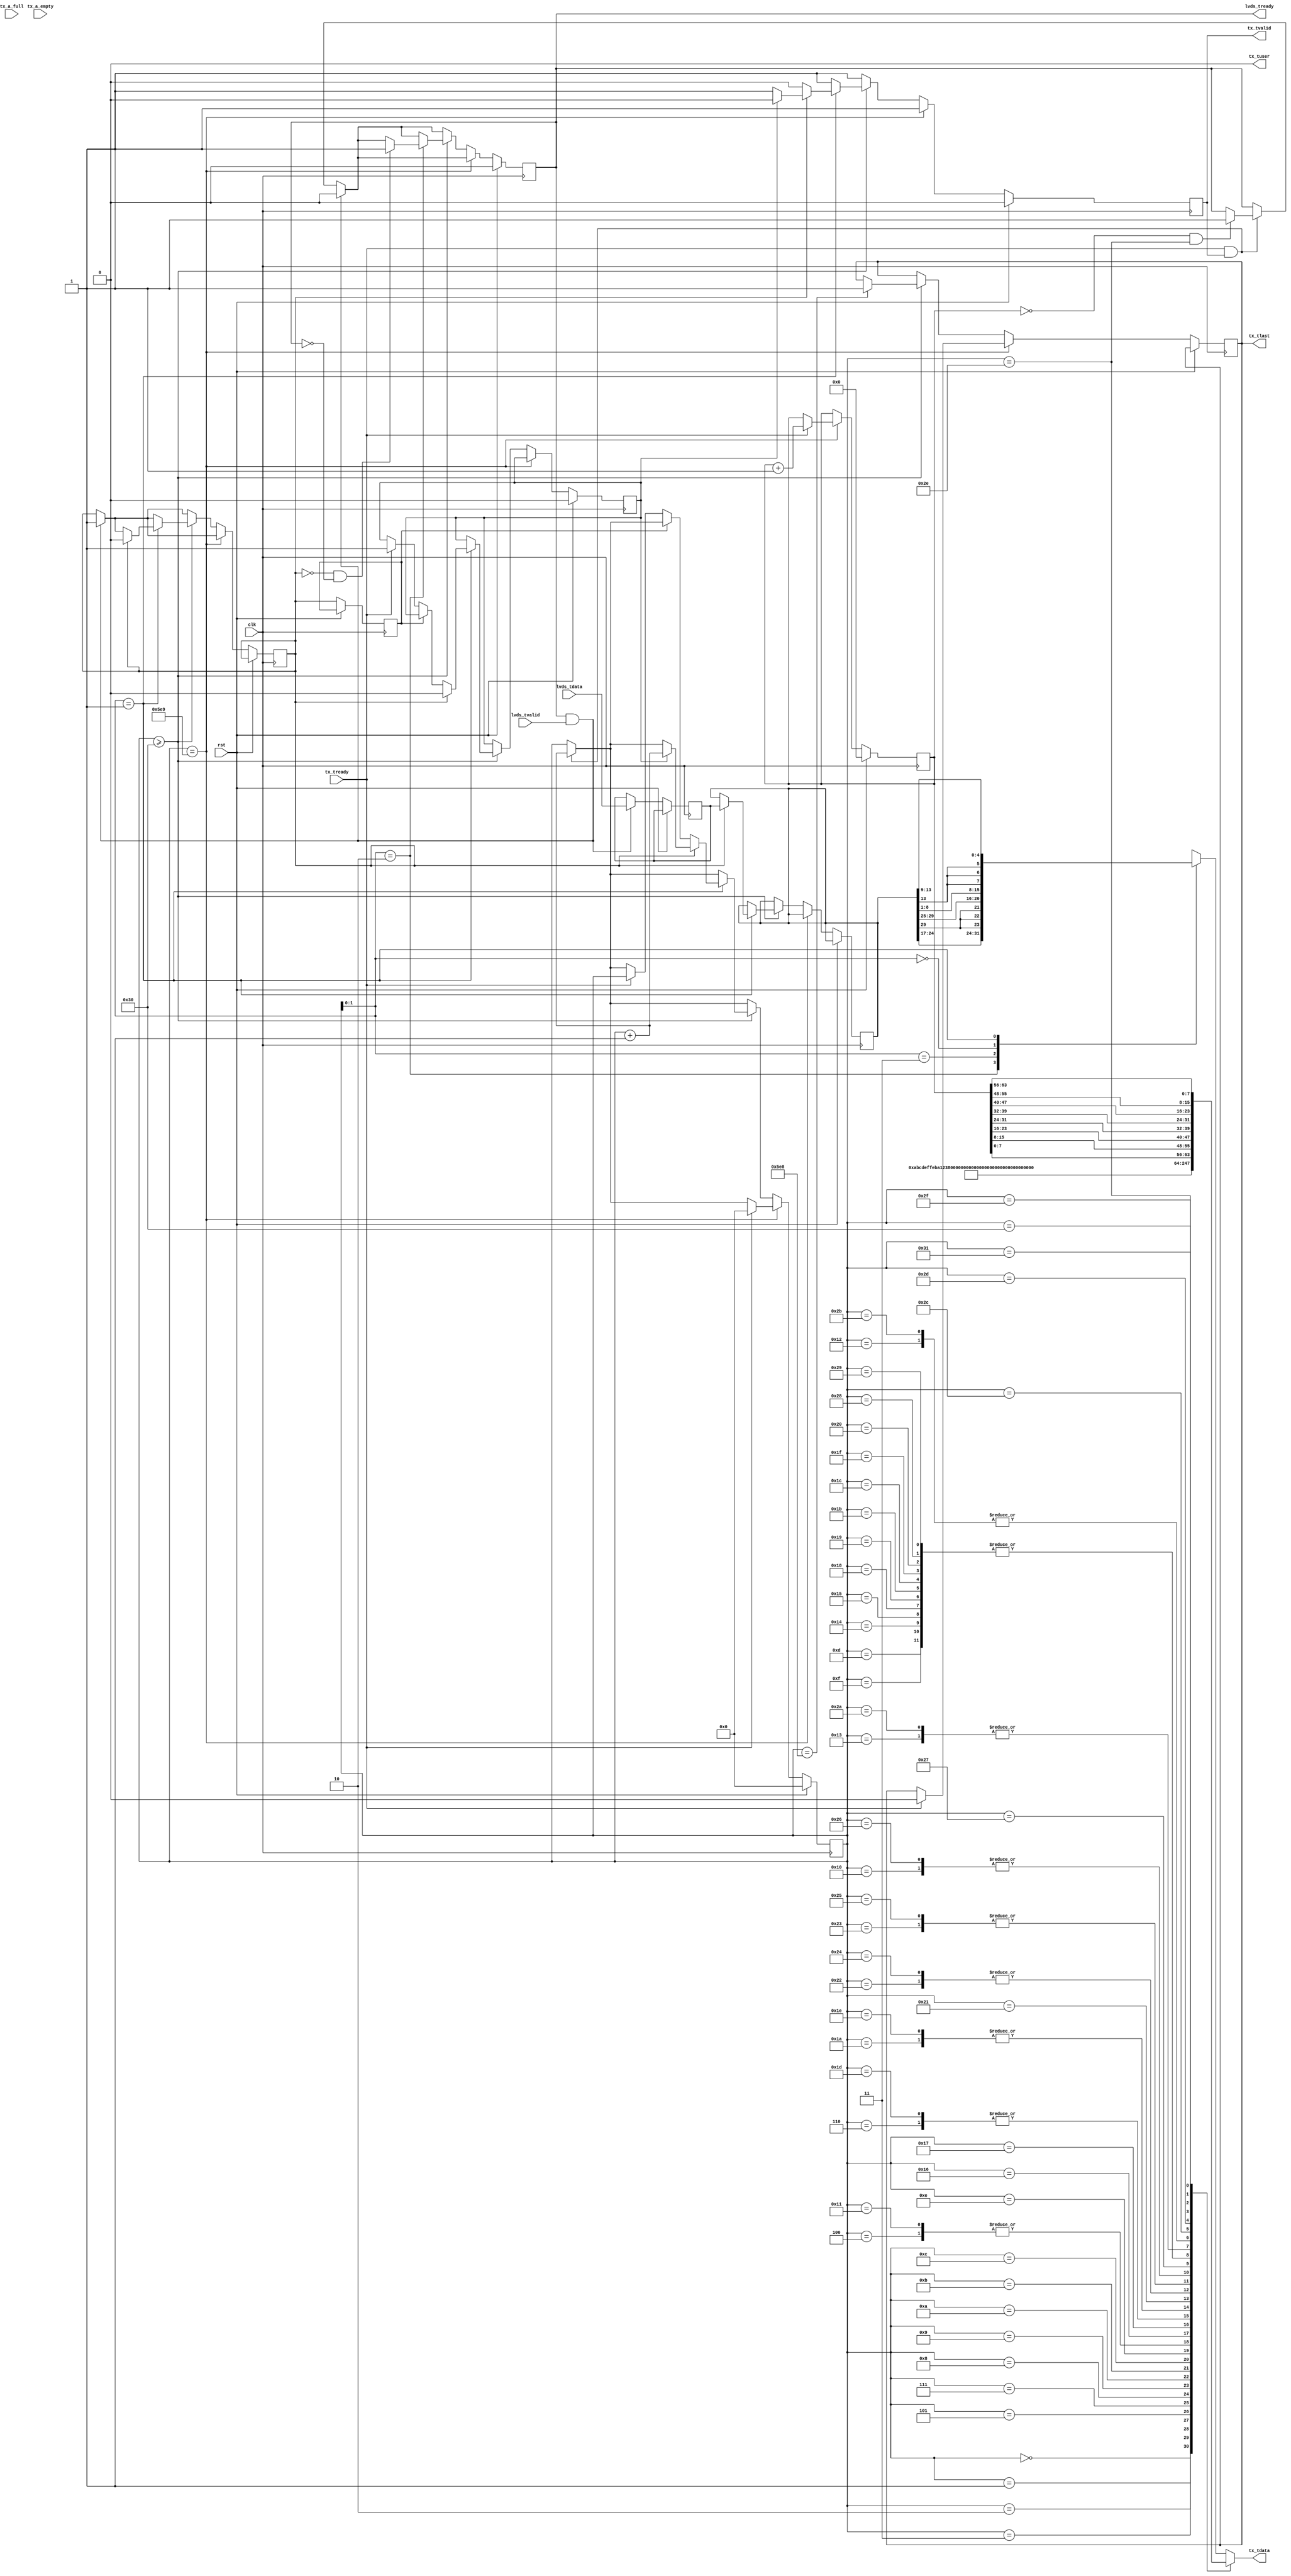
`timescale 1ns / 1ns

module Packetizer (
    // Clock and reset, must be same as Deserializer
    input clk,
    input rst,

    // Input from Deserializer
    input[31:0] lvds_tdata,
    output reg lvds_tready = 0,
    input lvds_tvalid,

    // Output to MAC
    output reg[7:0] tx_tdata = 0,
    output reg tx_tlast = 0,
    output reg tx_tuser = 0,
    input tx_tready,
    output reg tx_tvalid = 0,

    // Misc MAC signals
    input tx_a_full,
    input tx_a_empty
);

    parameter SOURCE_MAC = {8'h02, 8'h12, 8'h34, 8'h56, 8'h78, 8'h90};
    parameter DEST_MAC = {8'hab, 8'hcd, 8'hef, 8'hfe, 8'hdc, 8'hba}; // Change this

    parameter SOURCE_IP = {8'd10, 8'd0, 8'd0, 8'd2};
    parameter DEST_IP = {8'd10, 8'd0, 8'd0, 8'd1}; // Change this

    parameter SOURCE_PORT = 16'd32179;
    parameter DEST_PORT = 16'd32179;

    localparam NUM_SAMPLES = 366; // Number of IQ samples
    localparam IQ_LEN = NUM_SAMPLES * 4; // Length of IQ data in bytes
    localparam DATA_LEN = IQ_LEN + 8; // Length of UDP payload in bytes
    localparam UDP_LEN = DATA_LEN + 8; // Length of UDP packet in bytes
    localparam IP_LEN = UDP_LEN + 20; // Length of IP packet in bytes
    localparam PACKET_LEN = IP_LEN + 14; // Length of entire packet in bytes

    // IQ Data

    reg[31:0] iq_buffer = 0, iq_buffer_p1 = 0;
    wire[15:0] next_I = {{3{iq_buffer[29]}}, iq_buffer[29:17]};
    wire[15:0] next_Q = {{3{iq_buffer[13]}}, iq_buffer[13:1]};
    // reg IQready = 0;
    // reg first_run = 0;
    reg new_sample = 0, new_sample_last = 0;
    reg waited = 0;

    // Ethernet

    reg[15:0] tx_word = 0;
    reg[63:0] packet_counter = 0;

    // reg[7:0] wait_counter = 0;

    // TODO: Checksums
    reg[15:0] ip_checksum = 0;
    reg[15:0] udp_checksum = 0;

    always @(*) begin
        /* verilator lint_off CASEINCOMPLETE */
        case (tx_word)
            16'h0000: tx_tdata = DEST_MAC[47:40];
            16'h0001: tx_tdata = DEST_MAC[39:32];
            16'h0002: tx_tdata = DEST_MAC[31:24];       // Destination MAC
            16'h0003: tx_tdata = DEST_MAC[23:16];
            16'h0004: tx_tdata = DEST_MAC[15:8];
            16'h0005: tx_tdata = DEST_MAC[7:0];
            16'h0006: tx_tdata = SOURCE_MAC[47:40];     // Source MAC
            16'h0007: tx_tdata = SOURCE_MAC[39:32];
            16'h0008: tx_tdata = SOURCE_MAC[31:24];
            16'h0009: tx_tdata = SOURCE_MAC[23:16];
            16'h000a: tx_tdata = SOURCE_MAC[15:8];
            16'h000b: tx_tdata = SOURCE_MAC[7:0];
            16'h000c: tx_tdata = 8'h08;                 // Ethertype
            16'h000d: tx_tdata = 8'h00;
            16'h000e: tx_tdata = 8'h45;                 // IPv4
            16'h000f: tx_tdata = 8'h00;                 // DSCP/ECN 
            // 16'h0010: tx_tdata = 8'h05;                 // IP length
            // 16'h0011: tx_tdata = 8'hdc;
            16'h0010: tx_tdata = IP_LEN[15:8];          // IP length
            16'h0011: tx_tdata = IP_LEN[7:0];
            16'h0012: tx_tdata = packet_counter[15:8];  // Packet ID
            16'h0013: tx_tdata = packet_counter[7:0];
            16'h0014: tx_tdata = 8'h00;                 // Fragment offset
            16'h0015: tx_tdata = 8'h00;
            16'h0016: tx_tdata = 8'h40;                 // TTL
            16'h0017: tx_tdata = 8'h11;                 // Protocol: UDP
            16'h0018: tx_tdata = ip_checksum[15:8];     // IP checksum
            16'h0019: tx_tdata = ip_checksum[7:0];
            16'h001a: tx_tdata = SOURCE_IP[31:24];      // Source IP
            16'h001b: tx_tdata = SOURCE_IP[23:16];
            16'h001c: tx_tdata = SOURCE_IP[15:8];
            16'h001d: tx_tdata = SOURCE_IP[7:0];
            16'h001e: tx_tdata = DEST_IP[31:24];        // Destination IP
            16'h001f: tx_tdata = DEST_IP[23:16];
            16'h0020: tx_tdata = DEST_IP[15:8];
            16'h0021: tx_tdata = DEST_IP[7:0];
            16'h0022: tx_tdata = SOURCE_PORT[15:8];     // Source port
            16'h0023: tx_tdata = SOURCE_PORT[7:0];
            16'h0024: tx_tdata = DEST_PORT[15:8];       // DEstination port
            16'h0025: tx_tdata = DEST_PORT[7:0];
            // 16'h0026: tx_tdata = 8'h05;                 // UDP length
            // 16'h0027: tx_tdata = 8'hc8;
            16'h0026: tx_tdata = UDP_LEN[15:8];         // UDP length
            16'h0027: tx_tdata = UDP_LEN[7:0];
            16'h0028: tx_tdata = udp_checksum[15:8];    // UDP checksum
            16'h0029: tx_tdata = udp_checksum[7:0];
            16'h002a: tx_tdata = packet_counter[7:0];   // Packet ID for GNU Radio
            16'h002b: tx_tdata = packet_counter[15:8];
            16'h002c: tx_tdata = packet_counter[23:16];
            16'h002d: tx_tdata = packet_counter[31:24];
            16'h002e: tx_tdata = packet_counter[39:32];
            16'h002f: tx_tdata = packet_counter[47:40];
            16'h0030: tx_tdata = packet_counter[55:48];
            16'h0031: tx_tdata = packet_counter[63:56];
            default: begin                              // IQ data
                case (tx_word[1:0])
                    2'b10: tx_tdata = next_I[7:0];
                    2'b11: tx_tdata = next_I[15:8];
                    2'b00: tx_tdata = next_Q[7:0];
                    2'b01: tx_tdata = next_Q[15:8];
                endcase
            end
        endcase
        /* verilator lint_off CASEINCOMPLETE */
    end

    always @(posedge clk) begin
        if (rst) begin
            tx_word <= 0;
            packet_counter <= 0;
            lvds_tready <= 0;
            tx_tvalid <= 0;
            waited <= 0;

            // Cancel current frame
            // tx_tuser <= 1;
            // tx_tlast <= 1;
        end else begin
//             tx_tvalid <= 1;

//             if (tx_tuser) begin
//                 tx_tuser <= 0;
//                 tx_tlast <= 0;
//             end

//             if (lvds_tready && lvds_tvalid && ((tx_word != 16'h0033) || packet_counter != 64'b0)) begin
//                 lvds_tready <= 0;
//                 iq_buffer <= lvds_tdata;
//                 new_sample <= 1;
//             end

//             if (tx_tready) begin
//                 // Either increment tx_word or set tx_tvalid to low
//                 if (~new_sample && (tx_word[1:0] == 2'b01) &&
//                 (tx_word > 16'h0031) && (tx_word != 16'h05e9))
//                     tx_tvalid <= 0;
//                 else
//                     tx_word <= tx_word + 1;
//             end

//             // if (new_sample) begin
//             //     new_sample <= 0;
//             // end
// //             if (new_sample && (tx_word[1:0] == 2'b01) && (tx_word > 16'h0031) && (tx_word != 16'h05e9)) begin
// //                 new_sample <= 0;
// // iq_buffer <= lvds_tdata;
// //             end

//             case (tx_word)
//                 16'h0001: begin
//                     // Prime iq_buffer at startup
//                     // if (~lvds_tready) begin
//                     //     lvds_tready <= 1;
//                     // end
//                 end
//                 // 16'h0003: iq_buffer <= lvds_tdata;
//                 default: begin
//                     if ((tx_word >= 16'h0031)) begin
//                         // iq_buffer <= lvds_tdata;
//                         // lvds_tready <= 1;
//                         // new_sample <= 0;
//                         if ((tx_word[1:0] == 2'b01) && new_sample && tx_tready) begin
//                             // iq_buffer <= lvds_tdata;
//                             // lvds_tready <= 1;
//                             new_sample <= 0;
//                         end else if ((tx_word[1:0] == 2'b10) && ~new_sample && ~lvds_tready) begin
//                             lvds_tready <= 1;
//                         end
//                     end

//                     if ((tx_word == 16'h05e8) && tx_tready) begin
//                         tx_tlast <= 1;
//                     end

//                 end
//                 16'h05e9: begin // Last
//                     if (tx_tready) begin
//                         // IQready <= 0;
//                         tx_tlast <= 0;
//                         // tx_tvalid <= 0; // Leaving this commented out might cause issues
//                         tx_word <= 0;
//                         packet_counter <= packet_counter + 1;
//                         // wait_counter <= 16;
//                         // first_run <= 0;
//                     end
//                 end
//             endcase

            tx_tvalid <= 1;
            new_sample_last <= new_sample;

            // Either increment tx_word or set tx_tvalid to low
            if (tx_tready && tx_tvalid) begin
                tx_word <= tx_word + 1;

                // Prime buffer on first run
                if ((packet_counter == 64'b0) && (tx_word == 16'h002e)) begin
                    lvds_tready <= 1;
                end
            end

            if (lvds_tready && lvds_tvalid) begin
                iq_buffer_p1 <= lvds_tdata;
                lvds_tready <= 0;
                new_sample <= 1;
            end

            // Finalize packet
            if (tx_word == 16'h05e9) begin
                if (tx_tready) begin
                    tx_tlast <= 0;
                    tx_word <= 0;
                    packet_counter <= packet_counter + 1;
                end
            end else if (tx_word >= 16'h0030) begin
                // Prepare last word
                if (tx_word == 16'h05e8) begin
                    tx_tlast <= 1;
                end

                // Handle sample processing
                case (tx_word[1:0])
                    2'b01: begin
                        if (new_sample) begin
                            iq_buffer <= iq_buffer_p1;
                            new_sample <= 0;

                            if (waited) begin
                                tx_tvalid <= 0;
                                waited <= 0;
                                tx_word <= tx_word + 1;
                            end
                        end else begin
                            tx_tvalid <= 0;
                            if (~new_sample_last) begin
                                if (tx_tready) begin
                                    tx_word <= tx_word;
                                    waited <= 1;
                                end
                            end else begin
                                // tx_word <= tx_word + 1;
                            end
                        end
                    end

                    2'b10: begin
                        if (~new_sample && ~lvds_tready) begin
                            lvds_tready <= 1;
                        end
                    end
                endcase
            end
        end
    end

endmodule